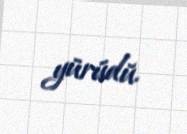
yürüdü.